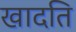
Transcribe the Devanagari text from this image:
खादति